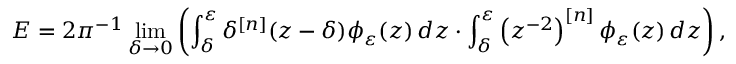
E = 2 \pi ^ { - 1 } \operatorname* { l i m } _ { \delta \to 0 } \left( \int _ { \delta } ^ { \varepsilon } \delta ^ { [ n ] } ( z - \delta ) \phi _ { \varepsilon } ( z ) \mathop { } \! { d { z } } \cdot \int _ { \delta } ^ { \varepsilon } \left( z ^ { - 2 } \right) ^ { [ n ] } \phi _ { \varepsilon } ( z ) \mathop { } \! { d { z } } \right) ,